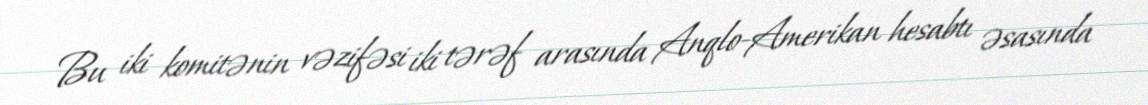
Bu iki komitənin vəzifəsi iki tərəf arasında Anqlo-Amerikan hesabtı əsasında